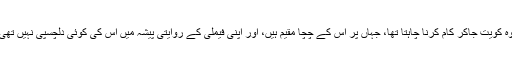
وہ کویت جاکر کام کرنا چاہتا تھا، جہاں پر اس کے چچا مقیم ہیں، اور اپنی فیملی کے روایتی پیشہ میں اس کی کوئی دلچسپی نہیں تھی۔